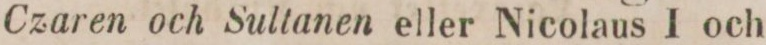
Czaren och Sultanen eller Nicolaus I och